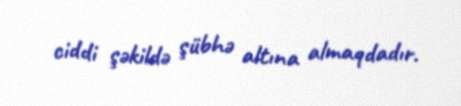
ciddi şəkildə şübhə altına almaqdadır.